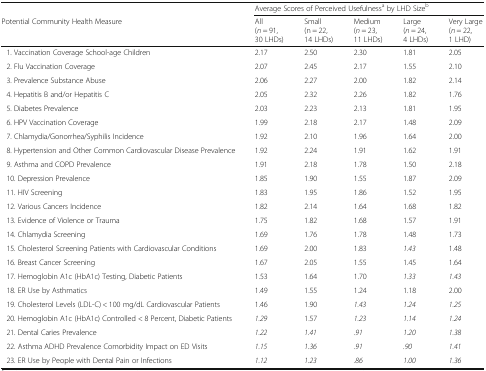
<table><thead><tr><td></td><td colspan="5"><b>Average Scores of Perceived Usefulness<sup>a</sup> by LHD Size<sup>b</sup></b></td></tr><tr><td><b>Potential Community Health Measure</b></td><td><b>All(<i>n</i> = 91, 30 LHDs)</b></td><td><b>Small(n = 22, 14 LHDs)</b></td><td><b>Medium (<i>n</i> = 23, 11 LHDs)</b></td><td><b>Large(<i>n</i> = 24, 4 LHDs)</b></td><td><b>Very Large(<i>n</i> = 22, 1 LHD)</b></td></tr></thead><tbody><tr><td> 1. Vaccination Coverage School-age Children</td><td>2.17</td><td>2.50</td><td>2.30</td><td>1.81</td><td>2.05</td></tr><tr><td> 2. Flu Vaccination Coverage</td><td>2.07</td><td>2.45</td><td>2.17</td><td>1.55</td><td>2.10</td></tr><tr><td> 3. Prevalence Substance Abuse</td><td>2.06</td><td>2.27</td><td>2.00</td><td>1.82</td><td>2.14</td></tr><tr><td> 4. Hepatitis B and/or Hepatitis C</td><td>2.05</td><td>2.32</td><td>2.26</td><td>1.82</td><td>1.76</td></tr><tr><td> 5. Diabetes Prevalence</td><td>2.03</td><td>2.23</td><td>2.13</td><td>1.81</td><td>1.95</td></tr><tr><td> 6. HPV Vaccination Coverage</td><td>1.99</td><td>2.18</td><td>2.17</td><td>1.48</td><td>2.09</td></tr><tr><td> 7. Chlamydia/Gonorrhea/Syphilis Incidence</td><td>1.92</td><td>2.10</td><td>1.96</td><td>1.64</td><td>2.00</td></tr><tr><td> 8. Hypertension and Other Common Cardiovascular Disease Prevalence</td><td>1.92</td><td>2.24</td><td>1.91</td><td>1.62</td><td>1.91</td></tr><tr><td> 9. Asthma and COPD Prevalence</td><td>1.91</td><td>2.18</td><td>1.78</td><td>1.50</td><td>2.18</td></tr><tr><td> 10. Depression Prevalence</td><td>1.85</td><td>1.90</td><td>1.55</td><td>1.87</td><td>2.09</td></tr><tr><td> 11. HIV Screening</td><td>1.83</td><td>1.95</td><td>1.86</td><td>1.52</td><td>1.95</td></tr><tr><td> 12. Various Cancers Incidence</td><td>1.82</td><td>2.14</td><td>1.64</td><td>1.68</td><td>1.82</td></tr><tr><td> 13. Evidence of Violence or Trauma</td><td>1.75</td><td>1.82</td><td>1.68</td><td>1.57</td><td>1.91</td></tr><tr><td> 14. Chlamydia Screening</td><td>1.69</td><td>1.76</td><td>1.78</td><td>1.48</td><td>1.73</td></tr><tr><td> 15. Cholesterol Screening Patients with Cardiovascular Conditions</td><td>1.69</td><td>2.00</td><td>1.83</td><td><i>1.43</i></td><td>1.48</td></tr><tr><td> 16. Breast Cancer Screening</td><td>1.67</td><td>2.05</td><td>1.55</td><td>1.45</td><td>1.64</td></tr><tr><td> 17. Hemoglobin A1c (HbA1c) Testing, Diabetic Patients</td><td>1.53</td><td>1.64</td><td>1.70</td><td><i>1.33</i></td><td><i>1.43</i></td></tr><tr><td> 18. ER Use by Asthmatics</td><td>1.49</td><td>1.55</td><td>1.24</td><td>1.18</td><td>2.00</td></tr><tr><td> 19. Cholesterol Levels (LDL-C) &lt; 100 mg/dL Cardiovascular Patients</td><td>1.46</td><td>1.90</td><td><i>1.43</i></td><td><i>1.24</i></td><td><i>1.25</i></td></tr><tr><td> 20. Hemoglobin A1c (HbA1c) Controlled &lt; 8 Percent, Diabetic Patients</td><td><i>1.29</i></td><td>1.57</td><td><i>1.23</i></td><td><i>1.14</i></td><td><i>1.24</i></td></tr><tr><td> 21. Dental Caries Prevalence</td><td><i>1.22</i></td><td><i>1.41</i></td><td><i>.91</i></td><td><i>1.20</i></td><td><i>1.38</i></td></tr><tr><td> 22. Asthma ADHD Prevalence Comorbidity Impact on ED Visits</td><td><i>1.15</i></td><td><i>1.36</i></td><td><i>.91</i></td><td><i>.90</i></td><td><i>1.41</i></td></tr><tr><td> 23. ER Use by People with Dental Pain or Infections</td><td><i>1.12</i></td><td><i>1.23</i></td><td><i>.86</i></td><td><i>1.00</i></td><td><i>1.36</i></td></tr></tbody></table>